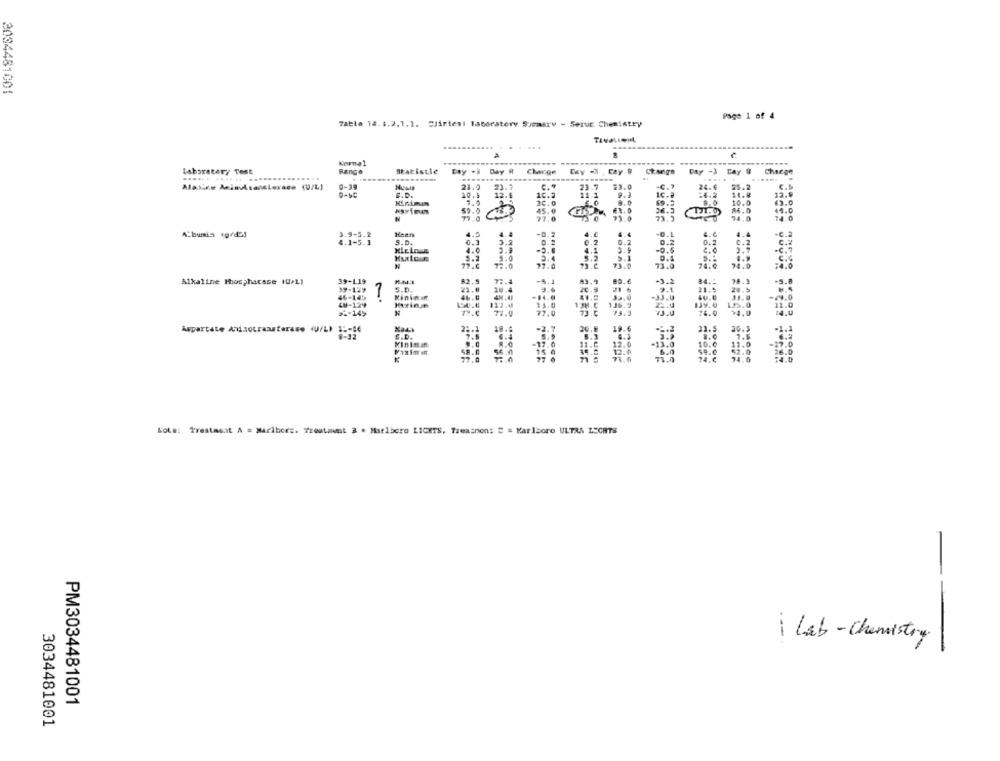
3034481001
Page 1 of 4
Table 14.1.2.1.1. C/irtest laboratory Summary - Serut. Chemistry
.....
Normal
Laboratory Test
Fange
Statistle
Day . Day H
Change
Day -3 , Cay # Change
Day -3 CAy &
Charge
..... ..
.....
Alasine AminulsansLerace (U/L)
21.2
23.7
23.0
24.6.
55.2
12.9
16.2
11 1
14.8
12.9
36. 0
8.0
69.2
10.0
6.0
45.0
26.3
84.0
40.0
79.0
27.0
73.0
71.9
74.0
74.0
Keen
4.5
4.4
4.0
4.4
.C.2
S.D.
3.2
0.2
0.2
0.2
0.2
0.2
C.2
C.2
4.0
4.1
3.9
-0.5
5.0
3.4
5.2
5.1
27.0
73.C
73.0
73.0
74.6
74.0
Alkaline Phosphatase (U/L)
39-119
82.5
A3.9
-3.2
84.1
24.1
-S.B
39-129
5.D.
21.8
10.4
20.3
21 6
21.9
46-145
7
Kinini
40.0
31.8
24.0
4H-129
Hazine
127.1
14.0
138.C
136.9
1.45.0
11.0
==- 149
N
77.0
71.0
77.0
75.3
74.0
$4.0
18.6
30.8
19.6
31.5
30.3
-1.1
Aspartate Andaotransferase (U/L) I :- 86
G.D.
5.9
5.3
Kininin
-17.0
11.C
12.0
-13.0
10.6
11.0
58.0
12.6
59.0
26.0
77.0
77 0
71.0
74.C
74.0
Lote: Prestasat A = Maribors. Troutawnt & # Marlboro LICHTS. Treasnen: " = Marlboro ULTRA LSCHTS
-
1 Lab-Chemistry
PM3034481001
3034481001